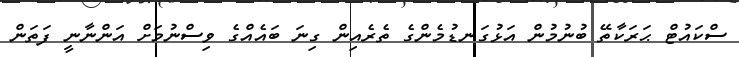
ސްކައުޓް ޙަރަކާތޭ ބުނުމުން އަޅުގަނޑުމެންގެ ތެރެއިން ގިނަ ބައެއްގެ ވިސްނުމަށް އަންނާނީ ފަތަން